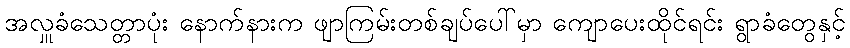
အလှူခံသေတ္တာပုံး နောက်နားက ဖျာကြမ်းတစ်ချပ်ပေါ်မှာ ကျောပေးထိုင်ရင်း ရွာခံတွေနှင့်